Annual report on the working of the lock hospitals in the Central Provinces
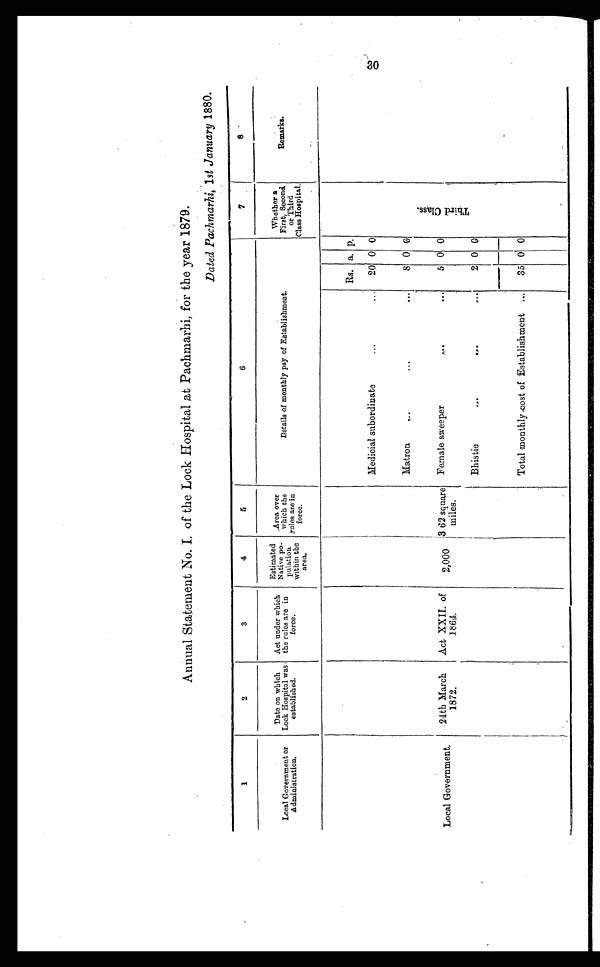
30
Annual Statement No. I, of the Lock Hospital at Pachmarhi, for the year 1879.
Dated Pachmarhi, 1st January 1880.
1
2
3
4
5
6
7
8
Local Government or
Administration.
Date on which
Lock Hospital was
established.
Act under which
the rules are in
force.
Estimated
Native po-
p
ulatin
within the
area.
Area
over which the
over
rules are in
force.
Details of monthly pay of Establishment.
Whether a
First, Second
or Third
Class Hospital.
Remarks.
Rs. a. p.
Medicial subordinate
...
... 20 0 0
Matron
8 0 0
T h i r d C l a s s .
Local Government.
24th March
1872.
Act XXII. of
1864.
2,000 3.62 square
miles.
Female sweeper
...
5 0 0
Bhistie
...
2 0 0
Total monthly cost of Establishment ...
35 0 0